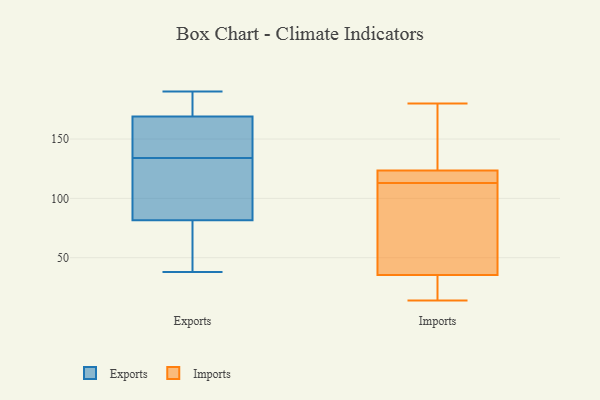
{"axis": {"x": "Tickets Resolved", "y": "Value"}, "legend": ["Exports", "Imports"], "data": [{"x": "", "y": 38, "type": "Exports"}, {"x": "", "y": 165, "type": "Exports"}, {"x": "", "y": 109, "type": "Exports"}, {"x": "", "y": 167, "type": "Exports"}, {"x": "", "y": 162, "type": "Exports"}, {"x": "", "y": 41, "type": "Exports"}, {"x": "", "y": 104, "type": "Exports"}, {"x": "", "y": 86, "type": "Exports"}, {"x": "", "y": 186, "type": "Exports"}, {"x": "", "y": 67, "type": "Exports"}, {"x": "", "y": 175, "type": "Exports"}, {"x": "", "y": 68, "type": "Exports"}, {"x": "", "y": 190, "type": "Exports"}, {"x": "", "y": 134, "type": "Exports"}, {"x": "", "y": 179, "type": "Exports"}, {"x": "", "y": 139, "type": "Exports"}, {"x": "", "y": 96, "type": "Exports"}, {"x": "", "y": 113, "type": "Imports"}, {"x": "", "y": 122, "type": "Imports"}, {"x": "", "y": 35, "type": "Imports"}, {"x": "", "y": 114, "type": "Imports"}, {"x": "", "y": 18, "type": "Imports"}, {"x": "", "y": 164, "type": "Imports"}, {"x": "", "y": 16, "type": "Imports"}, {"x": "", "y": 37, "type": "Imports"}, {"x": "", "y": 62, "type": "Imports"}, {"x": "", "y": 115, "type": "Imports"}, {"x": "", "y": 14, "type": "Imports"}, {"x": "", "y": 56, "type": "Imports"}, {"x": "", "y": 180, "type": "Imports"}, {"x": "", "y": 124, "type": "Imports"}, {"x": "", "y": 158, "type": "Imports"}]}